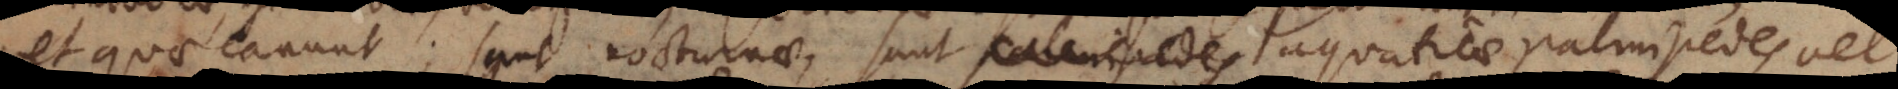
et quae canunt; sunt nocturnae, sunt palmipedes aquaticae palmipedes vel